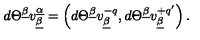
d \Theta ^ { \underline { \beta } } v _ { \underline { \beta } } ^ { \underline { \alpha } } = \left( d \Theta ^ { \underline { \beta } } v _ { \underline { \beta } } ^ { - q } , d \Theta ^ { \underline { \beta } } v _ { \underline { \beta } } ^ { + q ^ { \prime } } \right) .